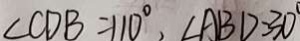
\angle C D B = 1 1 0 ^ { \circ } , \angle A B D = 3 0 ^ { \circ }